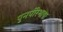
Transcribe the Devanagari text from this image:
पुनर्परिभाषा